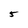
Character: 5